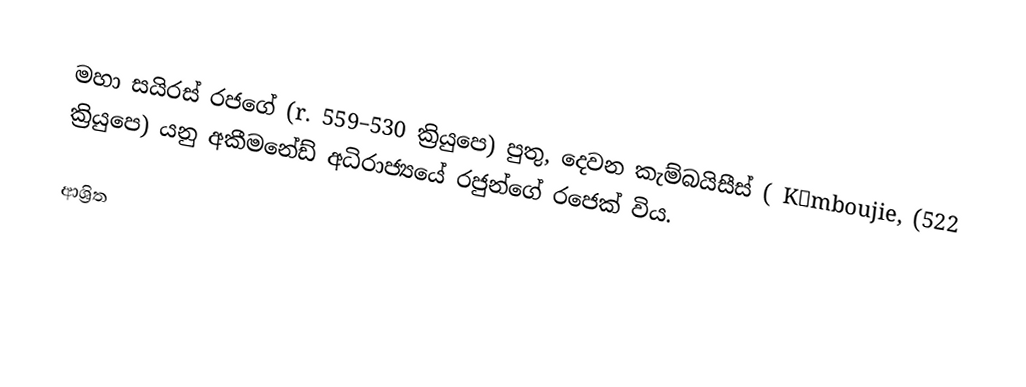
මහා සයිරස් රජගේ  (r. 559–530 ක්‍රියුපෙ) පුතු, දෙවන කැම්බයිසීස් (  Kɑmboujie, (522 ක්‍රියුපෙ) යනු  අකීමනේඩ් අධිරාජ්‍යයේ  රජුන්ගේ රජෙක් විය.

ආශ්‍රිත